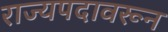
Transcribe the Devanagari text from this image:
राज्यपदावरून